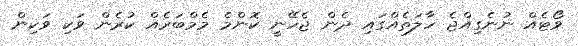
ވޯޓެއް ނުނެގިއްޖެ ހާލަތެއްގައި ދެން ޖެހޭނީ ކޮންމެ މެމްބަރެއް ކުރެން ވަކި ވަކިން